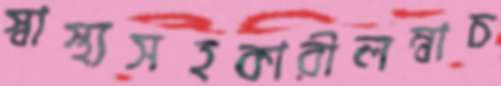
স্বাস্থ্যসহকারীলম্বাচ